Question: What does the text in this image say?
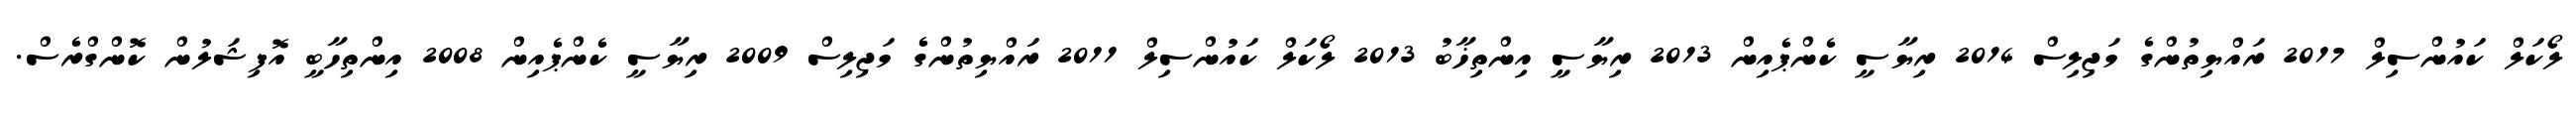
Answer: ލޯކަލް ކައުންސިލް 2017 ރައްޔިތުންގެ މަޖިލިސް 2014 ރިޔާސީ ކެންޕެއިން 2013 ރިޔާސީ އިންތިޚާބު 2013 ލޯކަލް ކައުންސިލް 2011 ރައްޔިތުންގެ މަޖިލިސް 2009 ރިޔާސީ ކެންޕެއިން 2008 އިންތިހާބީ އޮފިޝަލުން ކޮންގްރެސް.